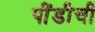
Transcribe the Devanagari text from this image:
पींडीची